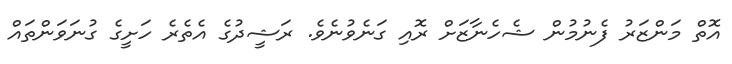
އޮތް މަންޒަރު ފެނުމުން ޝެހެނާޒަށް ރޮއި ގަނެވުނެވެ. ރަޝީދުގެ އެތެރެ ހަށީގެ ގުނަވަންތައް